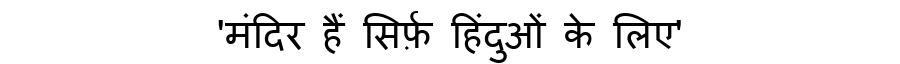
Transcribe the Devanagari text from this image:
'मंदिर हैं सिर्फ़ हिंदुओं के लिए'